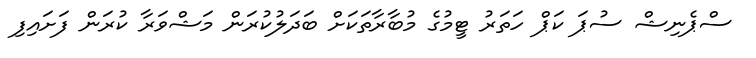
ސްޕެނިޝް ސުޕަ ކަޕް ހަތަރު ޓީމުގެ މުބާރާތަކަށް ބަދަލުކުރަން މަޝްވަރާ ކުރަން ފަށައިފި